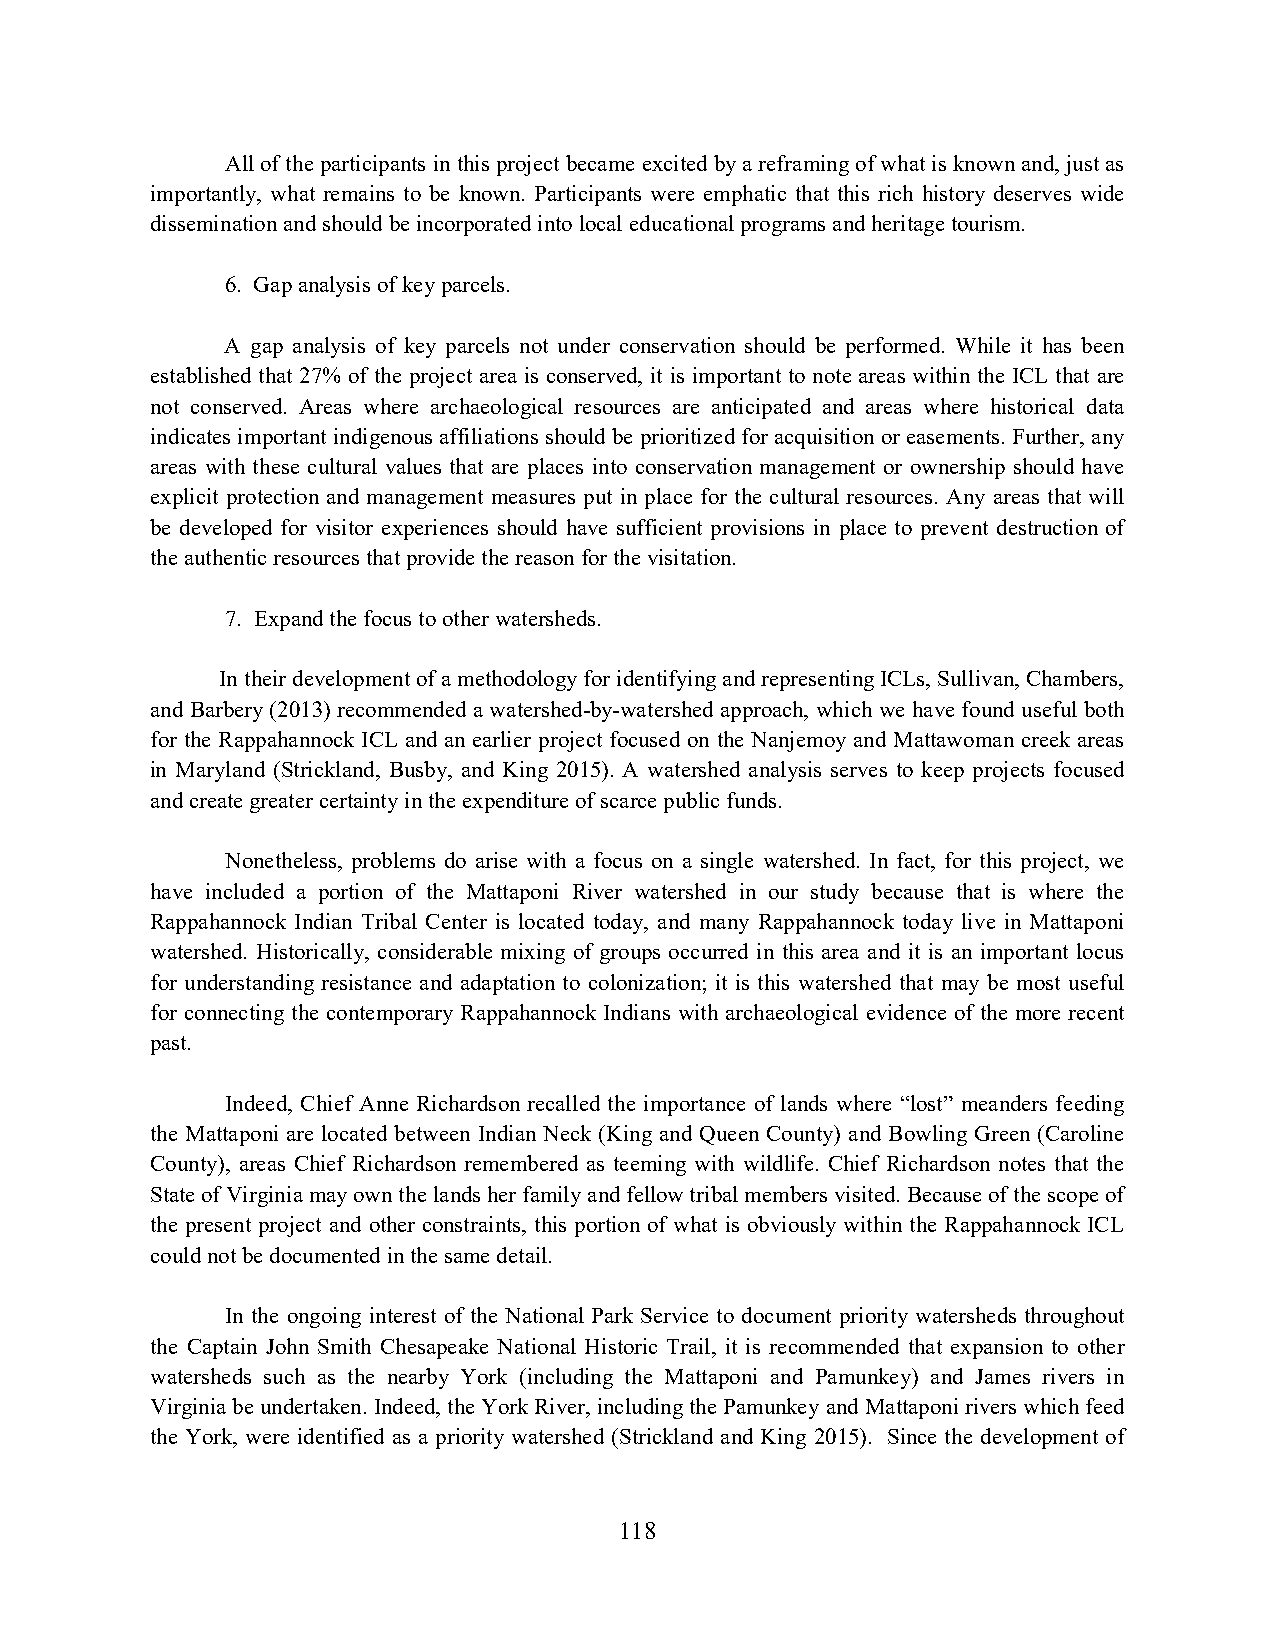
All of the participants in this project became excited by a reframing of what is known and, just as
 importantly, what remains to be known. Participants were emphatic that this rich history deserves wide
 dissemination and should be incorporated into local educational programs and heritage tourism.
 6. Gap analysis of key parcels.
 A gap analysis of key parcels not under conservation should be performed. While it has been
 established that 27% of the project area is conserved, it is important to note areas within the ICL that are
 not conserved. Areas where archaeological resources are anticipated and areas where historical data
 indicates important indigenous affiliations should be prioritized for acquisition or easements. Further, any
 areas with these cultural values that are places into conservation management or ownership should have
 explicit protection and management measures put in place for the cultural resources. Any areas that will
 be developed for visitor experiences should have sufficient provisions in place to prevent destruction of
 the authentic resources that provide the reason for the visitation.
 7. Expand the focus to other watersheds.
 In their development of a methodology for identifying and representing ICLs, Sullivan, Chambers,
 and Barbery (2013) recommended a watershed-by-watershed approach, which we have found useful both
 for the Rappahannock ICL and an earlier project focused on the Nanjemoy and Mattawoman creek areas
 in Maryland (Strickland, Busby, and King 2015). A watershed analysis serves to keep projects focused
 and create greater certainty in the expenditure of scarce public funds.
 Nonetheless, problems do arise with a focus on a single watershed. In fact, for this project, we
 have included a portion of the Mattaponi River watershed in our study because that is where the
 Rappahannock Indian Tribal Center is located today, and many Rappahannock today live in Mattaponi
 watershed. Historically, considerable mixing of groups occurred in this area and it is an important locus
 for understanding resistance and adaptation to colonization; it is this watershed that may be most useful
 for connecting the contemporary Rappahannock Indians with archaeological evidence of the more recent
 past.
 Indeed, Chief Anne Richardson recalled the importance of lands where “lost” meanders feeding
 the Mattaponi are located between Indian Neck (King and Queen County) and Bowling Green (Caroline
 County), areas Chief Richardson remembered as teeming with wildlife. Chief Richardson notes that the
 State of Virginia may own the lands her family and fellow tribal members visited. Because of the scope of
 the present project and other constraints, this portion of what is obviously within the Rappahannock ICL
 could not be documented in the same detail.
 In the ongoing interest of the National Park Service to document priority watersheds throughout
 the Captain John Smith Chesapeake National Historic Trail, it is recommended that expansion to other
 watersheds such as the nearby York (including the Mattaponi and Pamunkey) and James rivers in
 Virginia be undertaken. Indeed, the York River, including the Pamunkey and Mattaponi rivers which feed
 the York, were identified as a priority watershed (Strickland and King 2015). Since the development of
 118